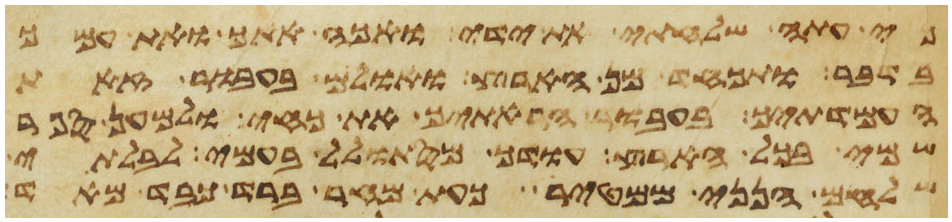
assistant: כי עתה שלחתי את ידי ואכה אתך ואת עמך
בדבר ותכחד מן הארץ ואולם בעבור זאת
העמדתיך בעבור הראתיך את כחי ולמען ספר
שמי בכל הארץ עודך מסתולל בעמי לבלתי
שלחם הנני ממטיר כעת מחר ברד כבד מאד